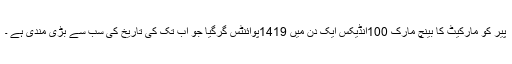
پیر کو مارکیٹ کا بینچ مارک 100انڈیکس ایک دن میں 1419پوائنٹس گرگیا جو اب تک کی تاریخ کی سب سے بڑی مندی ہے ۔